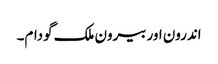
اندرون اور بیرون ملک گودام۔